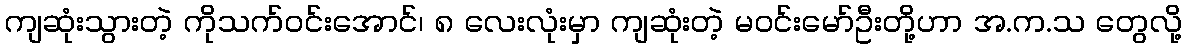
ကျဆုံးသွားတဲ့ ကိုသက်ဝင်းအောင်၊ ၈ လေးလုံးမှာ ကျဆုံးတဲ့ မဝင်းမော်ဦးတို့ဟာ အ.က.သ တွေလို့